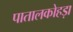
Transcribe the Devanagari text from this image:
पातालकोहड़ा